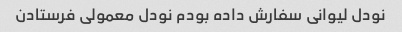
نودل لیوانی سفارش داده بودم نودل معمولی فرستادن